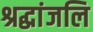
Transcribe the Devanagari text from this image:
श्रद्धांजलि